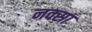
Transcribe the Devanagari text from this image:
नक्सा